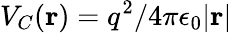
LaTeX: V_{C}({\mathbf r})=q^{2}/4\pi\epsilon_{0}|{\mathbf r}|